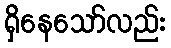
ရှိနေသော်လည်း